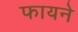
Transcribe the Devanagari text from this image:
फायने